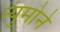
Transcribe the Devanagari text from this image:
न्युमोने